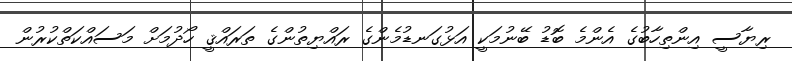
ރިޔާސީ އިންތިހާބުގެ އެންމެ ބޮޑު ބޭނުމަކީ އަޅުގަނޑުމެންގެ ރައްޔިތުންގެ ތަރައްޤީ ހޯދުމަށް މަސައްކަތްކުރުން